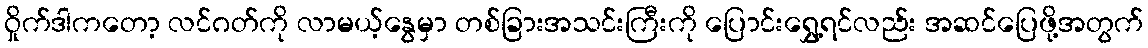
ဝှိုက်ဒါကတော့ လင်ဂတ်ကို လာမယ့်နွေမှာ တစ်ခြားအသင်းကြီးကို ပြောင်းရွှေ့ရင်လည်း အဆင်ပြေဖို့အတွက်